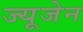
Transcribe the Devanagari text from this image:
ज्यूजेन